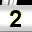
Digit: 2